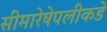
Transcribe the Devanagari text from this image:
सीमारेषेपलीकडे